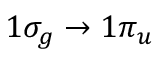
1 \sigma _ { g } \to 1 \pi _ { u }